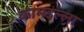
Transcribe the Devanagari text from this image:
कामइल्ला